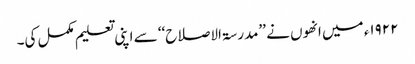
۱۹۲۲ء میں انھوں نے ’’مدرسۃ الاصلاح‘‘ سے اپنی تعلیم مکمل کی۔